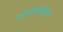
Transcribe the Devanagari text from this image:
आगमनोत्सव